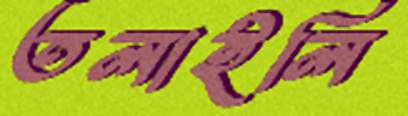
তলাইলি